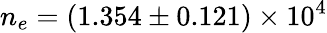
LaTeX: n_{e}=(1.354\pm 0.121)\times 10^{4}